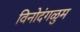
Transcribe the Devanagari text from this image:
विनोदंगळुम